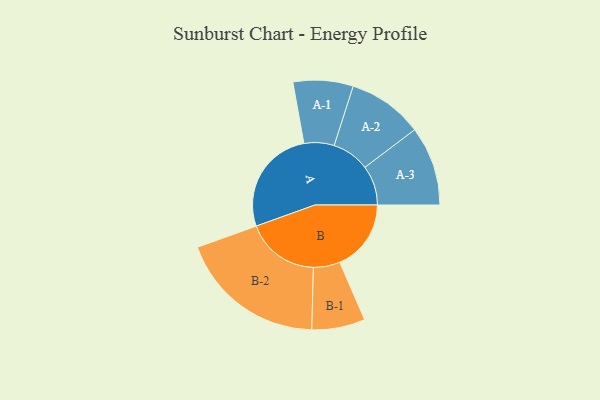
{"axis": {"x": "Segment", "y": "Value"}, "legend": ["", "A", "B"], "data": [{"x": "A", "y": 408, "type": ""}, {"x": "B", "y": 273, "type": ""}, {"x": "A-1", "y": 115, "type": "A"}, {"x": "A-2", "y": 144, "type": "A"}, {"x": "A-3", "y": 152, "type": "A"}, {"x": "B-1", "y": 102, "type": "B"}, {"x": "B-2", "y": 282, "type": "B"}]}